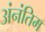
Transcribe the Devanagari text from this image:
अंनंतिम